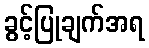
ခွင့်ပြုချက်အရ